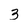
Character: 3